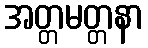
အတ္တမတ္တနာ